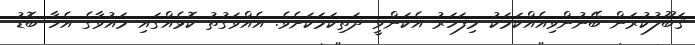
ޤަބޫލުކުރަން ބޭނުންވިއެއްކަމަކު މިފަހަރު އެކަންވީ ދަތިކަމަކަށެވެ. އެއްވަގުތު ކޮޅެއްގައި މައުވާގެ އެހާ ބޮޑު